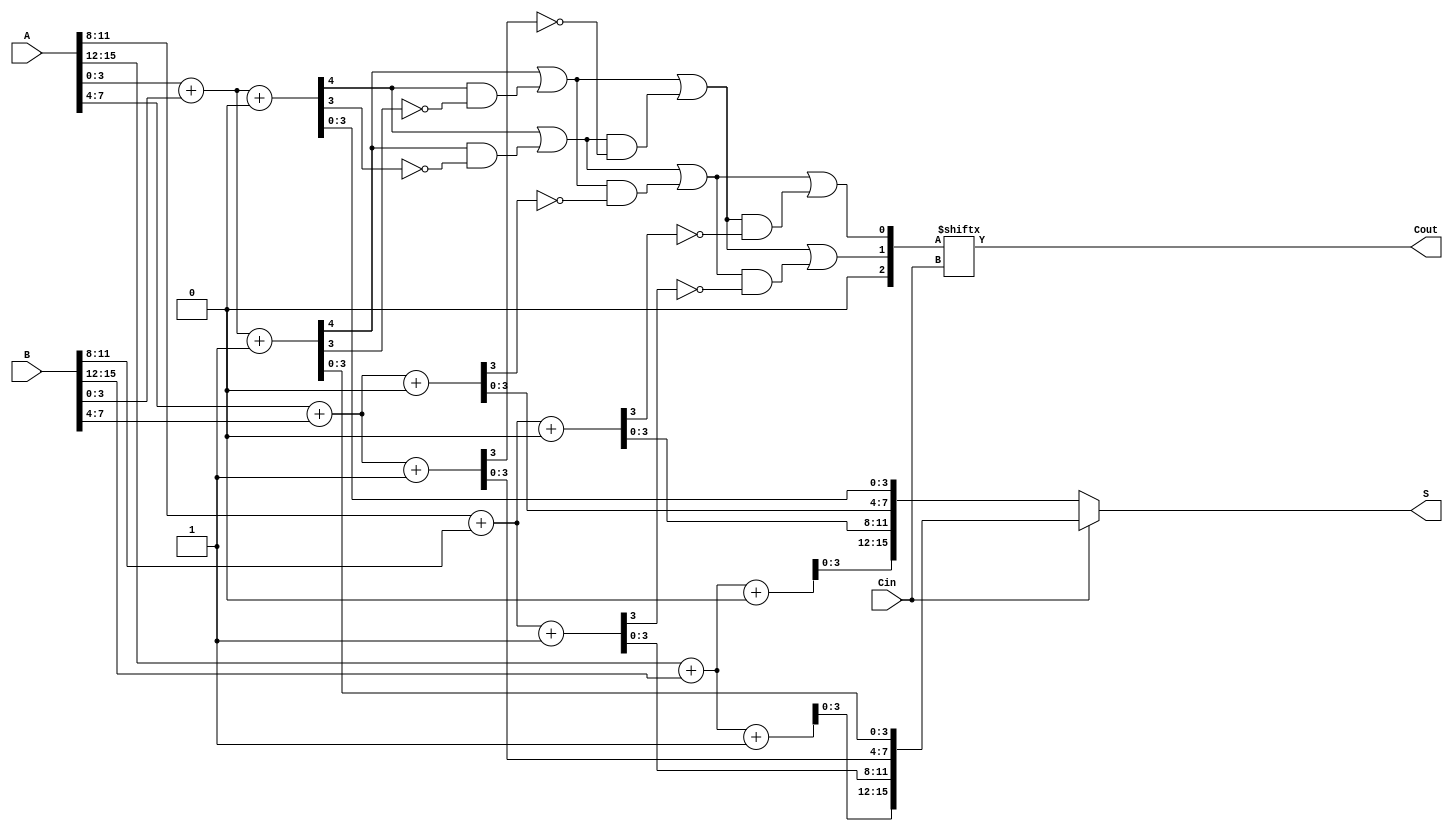
module han_carlson_adder #(parameter N = 16, // Total bit width
                            parameter K = 4)  // Segment size
(
    input  [N-1:0] A,      // First operand
    input  [N-1:0] B,      // Second operand
    input         Cin,      // Carry-in
    output [N-1:0] S,      // Sum output
    output        Cout      // Carry-out
);

    localparam SEGMENTS = N / K; // Number of segments
    wire [K:0] carry [0:SEGMENTS-1]; // Carry outputs for each segment
    wire [N-1:0] sum0, sum1; // Sum outputs assuming carry-in is 0 and 1
    wire [N-1:0] S0, S1; // Partial sums for each segment

    // Generate partial sums and carry outputs for each segment
    genvar i;
    generate
        for (i = 0; i < SEGMENTS; i = i + 1) begin : segment
            wire [K-1:0] A_seg = A[(i*K) +: K];
            wire [K-1:0] B_seg = B[(i*K) +: K];

            // Calculate sum and carry assuming carry-in is 0
            assign {carry[i][0], S0[(i*K) +: K]} = A_seg + B_seg + 1'b0;
            // Calculate sum and carry assuming carry-in is 1
            assign {carry[i][1], S1[(i*K) +: K]} = A_seg + B_seg + 1'b1;

            // Carry propagation
            if (i > 0) begin
                assign carry[i][0] = carry[i-1][0] | (carry[i-1][1] & (S0[(i*K)-1] ^ 1'b1));
                assign carry[i][1] = carry[i-1][1] | (carry[i-1][0] & (S1[(i*K)-1] ^ 1'b1));
            end
        end
    endgenerate

    // Select the correct sum based on the carry-in
    assign S = (Cin) ? S1 : S0;

    // Final carry-out
    assign Cout = carry[SEGMENTS-1][Cin];

endmodule